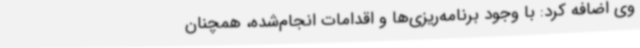
وی اضافه کرد: با وجود برنامه‌ریزی‌ها و اقدامات انجام‌شده، همچنان